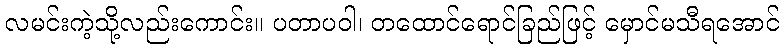
လမင်းကဲ့သို့လည်းကောင်း။ ပတာပဝါ၊ တထောင်ရောင်ခြည်ဖြင့် မှောင်မသီရအောင်